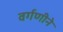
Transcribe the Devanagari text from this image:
वर्गणीने